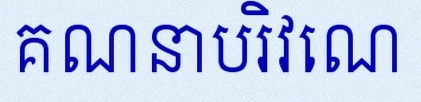
គណនាបរិវេណ